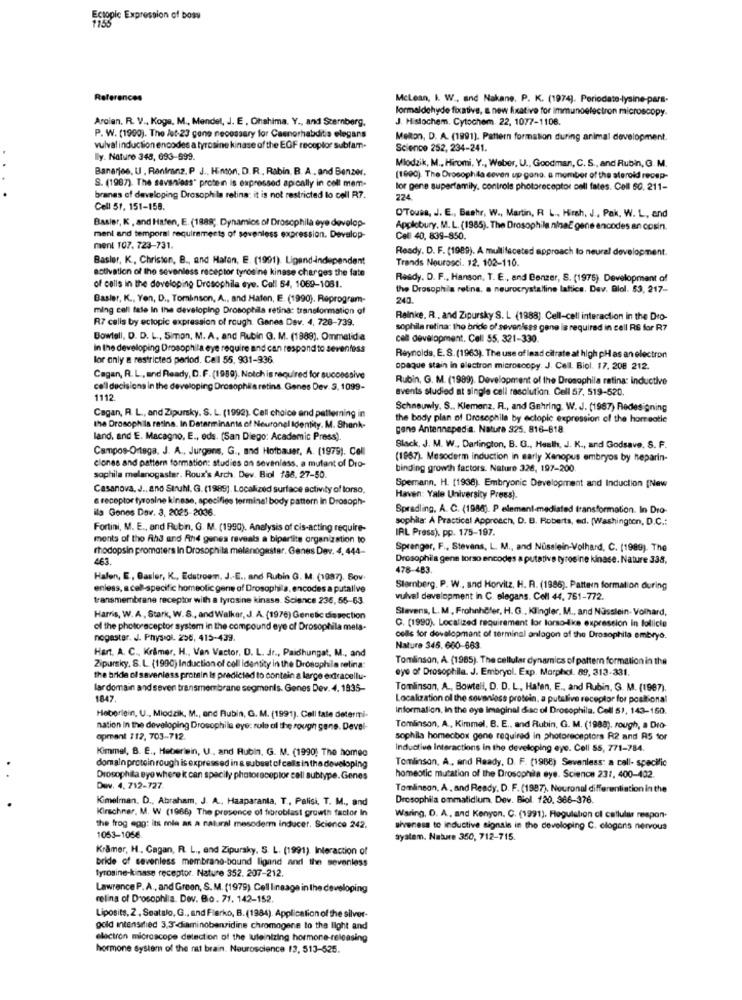
Ectopic Expression of boss
1156
References
McLean, I. W ., and Nakane. P. K. (1974). Periodato-lysine-para-
formaldehyde fixative, a new fixative for immunoelectron microscopy.
Ardian. R. V ., Koge. M ., Mendet, J. E, Ohshima. Y ., and Szernberg,
J. Hislochem. Cytochem. 22, 1077-1108.
P. W. (1900). The Jet-23 gone necessary for Caenorhabditis elegans
Melton, D. A. (1991). Pattern formation during animal development.
vulval induction encodes a tyrosine kinase of the EGF receptor subfam.
Science 252, 234-241.
Bly. Nature 348, 693-599.
Mlodzik, M ., Hiromi, Y ., Weber, U ., Goodman, C. S ., and Rubin, G. M.
Bananjes, U . Ranfranz, P J ., Hinton, D.R ., Rabin. B. A ., and Benzer.
S. (1987). The savsniess" protein is expressed apically in coll mem-
(1990). The Drosophila coven up gang. a member of the steroid recep-
lor gene superfamily. controls photoreceptor cell fates. Coll 60, 211-
branes of developing Drosoph la retina: it is not restricted lo cell R7.
224.
Cell 51, 151-158.
Basier, K , and Hafen, E. (1888; Dynamics of Drosophila eye develop-
OTouse, J. E ., Bashr, W ., Martin, R L ., Hirsh, J ., Pak, W. L, and
Applebury, M. L. (1985). The Drosophila ninaE gene encodes an cosin.
ment and temporal requirements of soveniess expression. Develop-
Cell 40, 839-850.
ment 107. 723-731.
Ready. D. F. (1989). A multifaceted approach to neural development.
Basler, K ., Christen, B ., and Hafen, E. (1991). Ligand-Independent
Trands Neurosci. 12. 102-110
activation of the sevenless receptor tyrosine kinase charges the fate
Ready. D. F ., Hanson, T. E ., and Benzer, S. (1975). Development of
of cells in the developing Drosophila eye. Call 54, 1069-1081.
the Drosophila retina. a neurocrystalline lattice. Dav. Blol. 53, 217-
Basier, K ., Yen, D ., Tomlinson, A ., and Hafen, E. (1990). Reprogram-
240.
ming call fale in the developing Drosophila retina: transformation of
R7 calis by ectopic expression of rough. Genes Dev. 4, 728-739.
Reinke. R . and Zipursky S. L (1988). Cell-cell interaction in the Dro-
sophila retina: the bride of sevenisss gene is required in cell RS for R7
Bowtell, D. D. L ., Simon, M. A. and Rubin G. M. (1989). Ommatidia
cell development. Cell 55, 321-330.
In the developing Drosophila eye require and can respond to sevenfoss
lor only a restricted period. Cal 55. 931-936.
Reynolds, E. S. (1963). The use of lead citrate at high pHas an electron
opaque stain in electron microscopy. J. Cell. Biol. 17. 208 212.
Cagan, R. L ., and Ready, D. F. (1989). Notch is required for successive
Rubin, G. M. (1989). Development of the Drosophila ratina: Inductive
coll ducisions in the developing Drosophila retina. Genes Dev. 5, 1099-
events studied at single cell resolution. Cell 57, 519-520.
1112
Schneuwly. S ., Klemenz. R ., and Gehring. W. J. (1987) Redesigning
Cagan, R. L ., and Zipursky, S. L. (1992). Cell choice and patterning in
the body plan of Drosophile by ectopic expression of the horreatie
the Drosophila retina. In Determinants of Neuronal Identity. M. Shank-
gene Antenneped a. Natura 325. 816-818.
land, and E. Macagno, E ., eds. (San Diego: Academic Press).
Campos-Ortega, J. A ., Jurgens, G ., and Hofbauer, A. (1979). Cell
Slack, J. M. W ., Darlington, B. G ., Healh, J. K ., and Godsave. S. F.
(1987). Mesoderm induction in sarly Xanopus embryos by heparin-
clones and pattern formation: studies on sevenlass. a mutant of Dro-
binding growth factors. Nature 326, 197-200.
sophila melanogaster. Roux's Arch. Dev. Biol 188. 27-50.
Spemann. H. [1938). Embryonic Development and Induction [New
Casanova. J ., ano Struhl. G. (1989). Localized surface activity of lorso.
e receptor tyrosine kinase, specifies terminal body pattern in Drosoph-
Haven: Yale University Press).
ila Genes Dav. 3, 2025-2036
Spradling. A. C. (1988). P element-mediated transformation. In Dro-
sophila: A Practical Approach, D. B. Roberts, ed. (Washington, D.C .:
Fortini, M. E ., and Rubin, G. M. (1990). Analysis of cis-acting require-
IAL Press), pp. 175-197.
ments of the Ah3 and And genes reveals a bipartite organization to
rhodopsin promoters In Drosophila melanogester. Genes Dev. 4, 444-
Sprenger, F ., Stevens, L. M ., and Nüsslein-Volhard, C. (1989). The
463.
Drosophila gene torso encodes a putativo tyros ine kinase. Nature 338,
478-483.
Halen, E, Basler, K ., Edstroem, J .. E ., and Rubin G. M. (1987). Sov
enless, a cell-specific homeolic gene of Drosophila, encodes a putalive
Starnberg. P. W ., and Horvitz, H. R. (1986). Pattern formation during
transmembrane receptor with a tyrosine kinase. Science 236, 55-63
vulvel development in C. elegans. Coll 44, 761-772.
Slavens, L. M. Frohnhöfer, H.G ., Klingler, M ., and Nüsslein- Volhard,
Harris, W. A ., Stark, W.S ., and Walker, J. A. (1976) Genetic dissection
of the photoreceptor system in the compound eye of Drosophila mels-
C. (1990). Localized requirement for lorso-like expression in follicle
nogaster. J. Physiol. 256, 415-439.
cells for development of terminal anlagon of the Drosophila embryo.
Hart. A. C ., Krämer, H ., Van Vactor, D. L. Jr ., Paidhungat, M ., and
Natura 345. 660-683
Tomlinson, A. (1985). The cellular dynamics of pattern formation in the
Zipursky, S. L. (1990) Induction of cell identity in the Drosophila retina:
eye of Drosophila. J. Embryol. Exp. Morphdl. 89, 313-331.
the bride ol savenless protein is predicted to contain a large e dracellu-
lar domain and seven transmembrane segments. Genes Dev. 4. 1835-
Tomlinson, A ., Bowtell, D. D. L, Hafen, E ., and Rubin, G. M. (1987).
1847.
Localization of the sevenloss protein, a putalive receptor for positional
Information, in the eye imaginal disc of Drosophila. Cell 51, 143-150.
Heberlein, U ., Miodzik, M ., and Rubin, G. M. (1991). Call tate determi-
nation In the developing Drosophila eye: rule al the rough sans. Devel-
Tomlinson, A ., Kimmel, B. E ., and Rubin, G. M. (1988), rough, a Dio-
opment 112, 703-712.
sophila homeobox gone required in photoreceptors R2 and RS tor
Kimmel, B. E ., Heberiein, U ., and Rubin, G. M. (1990) The homec
Inductive Interactions in the developing eye. Cell 55, 771-784.
Tomlinson, A, and Ready, D. F. (1988) Sevenless: a call- specific
domain protein rough is expressed in a subset of cells in the developing
Drosophila eye where i can spacily photoreceptor call subtype. Genes
homeotic mutation of the Drosophila eye. Science 231, 400-402
Dev. 4. 712-727.
Tomlinson, A, and Ready, D. F. (1987). Neuronal differentiation in the
Kimelman. D ., Abraham, J. A ., Haaparanta, T ., Palisi, T. M ., and
Drosophila ommatidium. Dev. Biol. 120. 366-376.
Kirschner, M. W (1966, The presence of fibroblast growth factor In
Waring, D. A. and Kenyon. C. (1991). Regulation of cellular respon-
the frog egg: its mia an a natural mesoderm inducer, Science 242.
siveness to inductive signals in the developing C. clogons nervous
1053-1066
System. Nature 350, 712-715.
Kramer, H, Gagan, R. L ., and Zipuraky, S. L. (1991). Interaction of
bride of sevenless membrane-bound ligand and the sevenless
tyrosine-kinase receptor. Nature 352. 207-212.
Lawrence P. A ., and Green, S. M. (1979). Cell lineage in the developing
reling of Drosophila. Dev. Bio. 71. 142-152.
Liposits, 2 , Seatslo, G ., and Flerko, B. (1984). Application of the silver-
gold intensmed 3,3'diaminobenridine chromogene to the light and
electron microscope detection of the luleinizing hormone-releasing
hormone system of the rat brain. Neuroscience 13, 513-525.